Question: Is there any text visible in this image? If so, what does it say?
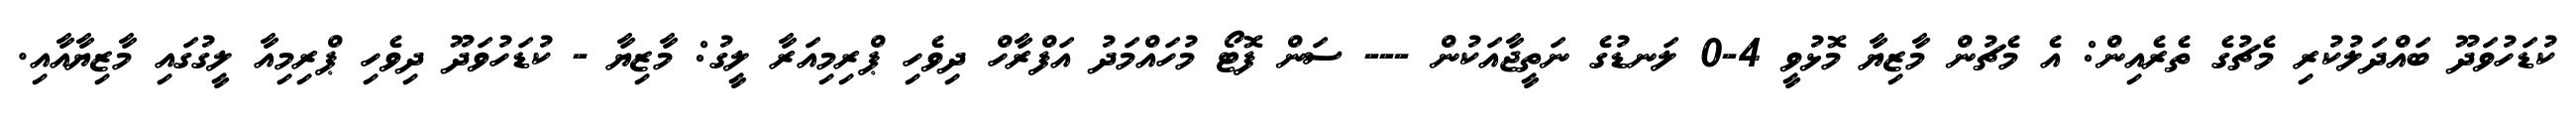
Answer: ކުޑަހުވަދޫ ބައްދަލުކުރި މެޗުގެ ތެރެއިން: އެ މެޗުން މާޒިޔާ މޮޅުވީ 4-0 ލަނޑުގެ ނަތީޖާއަކުން --- ސަން ފޮޓޯ މުހައްމަދު އަފްރާހް ދިވެހި ޕްރިމިއަރާ ލީގު: މާޒިޔާ - ކުޑަހުވަދޫ ދިވެހި ޕްރިމިއާ ލީގުގައި މާޒިޔާއާއި.